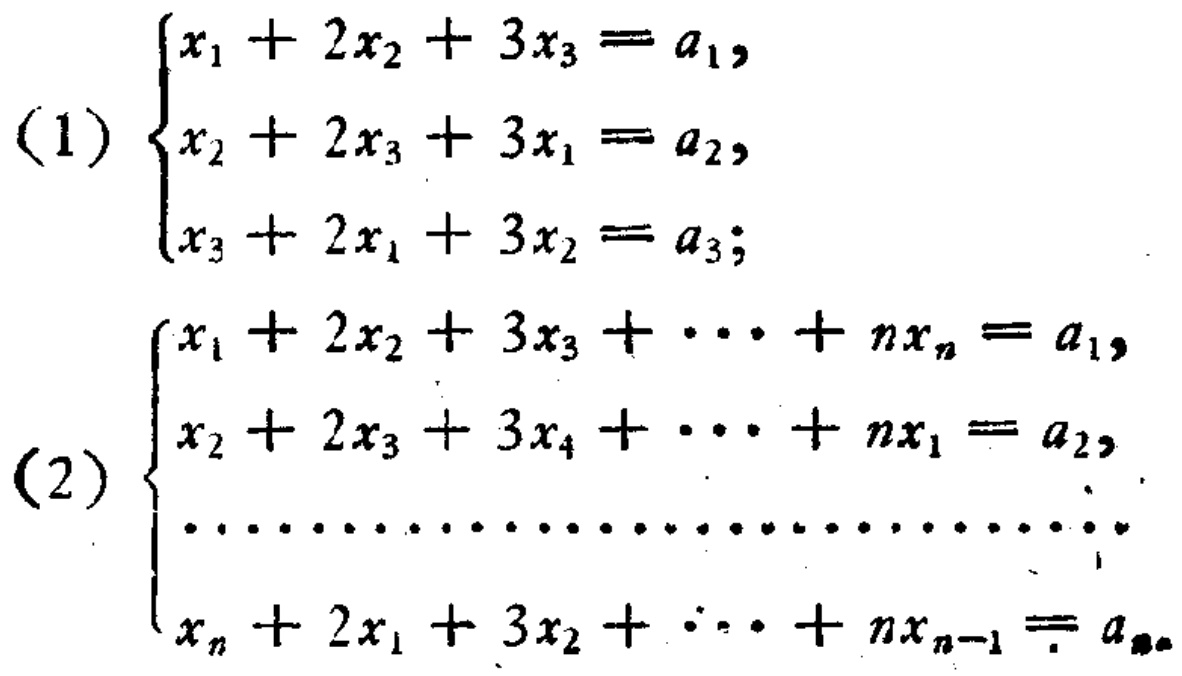
(1) \(\begin{cases}
x_{1}+2x_{2}+3x_{3}=a_{1},\\
x_{2}+2x_{3}+3x_{1}=a_{2},\\
x_{3}+2x_{1}+3x_{2}=a_{3};
\end{cases}\)
(2) \(\begin{cases}
x_{1}+2x_{2}+3x_{3}+\cdots+nx_{n}=a_{1},\\
x_{2}+2x_{3}+3x_{4}+\cdots+nx_{1}=a_{2},\\
\cdots\cdots\cdots\cdots\cdots\cdots\cdots\cdots\cdots\cdots\cdots\\
x_{n}+2x_{1}+3x_{2}+\cdots+nx_{n - 1}=a_{n}.
\end{cases}\)